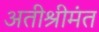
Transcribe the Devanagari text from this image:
अतीश्रीमंत